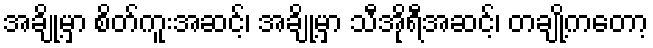
အချို့မှာ စိတ်ကူးအဆင့်၊ အချို့မှာ သီအိုရီအဆင့်၊ တချု့ိကတော့